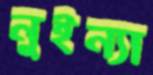
নুইন্যা